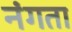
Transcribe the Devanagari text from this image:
नंगता